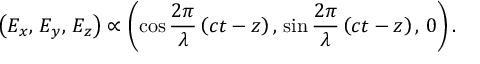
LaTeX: \left( E _ { x } , \, E _ { y } , \, E _ { z } \right) \propto \left( \cos { \frac { 2 \pi } { \lambda } } \left( c t - z \right) , \, \sin { \frac { 2 \pi } { \lambda } } \left( c t - z \right) , \, 0 \right) .